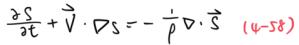
$\frac{\partial S}{\partial t}+\vec{V} \cdot \nabla S=-\frac{1}{\rho} \nabla \cdot \vec{S} \quad(4-58)$